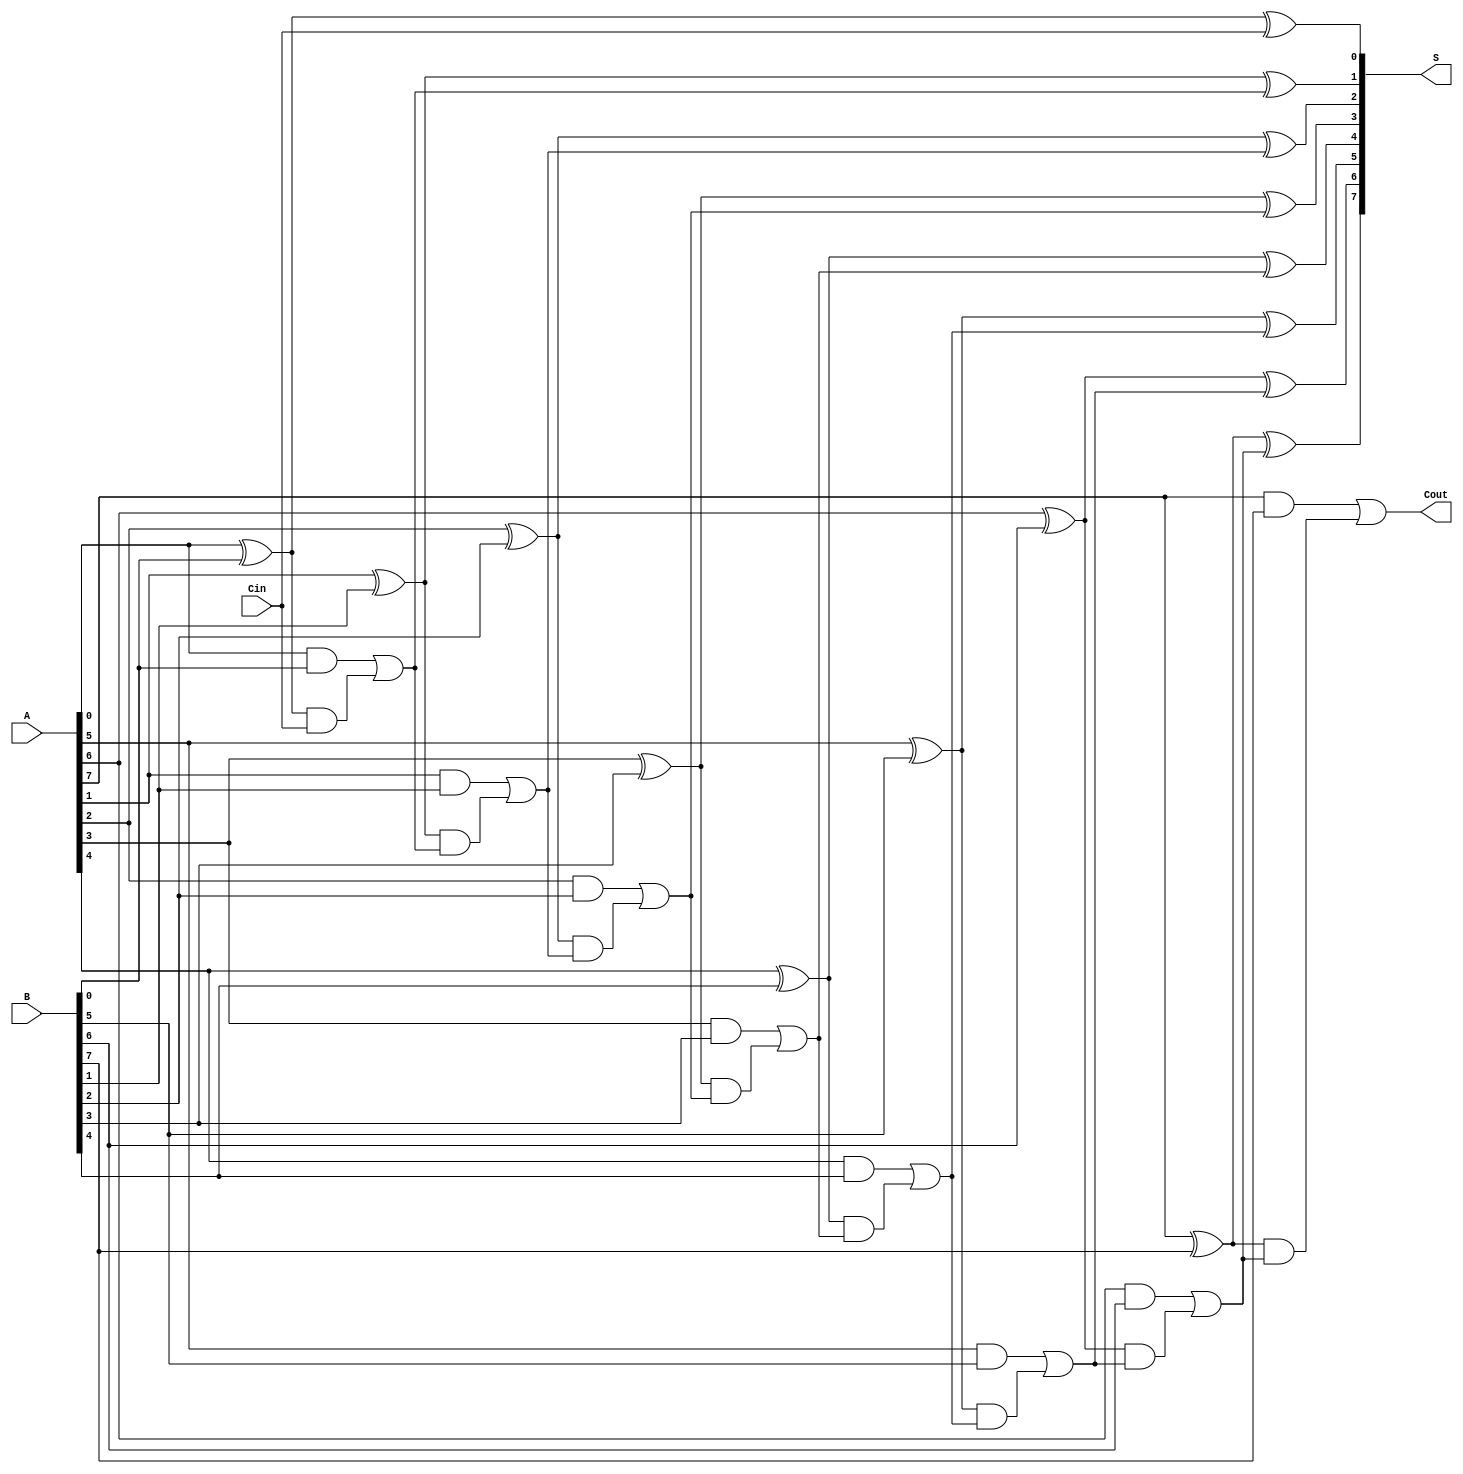
module Han_Carlson_Adder #(parameter N = 8) (
    input  [N-1:0] A,     // First operand
    input  [N-1:0] B,     // Second operand
    input          Cin,    // Carry-in
    output [N-1:0] S,     // Sum output
    output         Cout     // Carry-out
);
    wire [N-1:0] G;      // Generate signals
    wire [N-1:0] P;      // Propagate signals
    wire [N:0] C;        // Carry signals: C[0] = Cin, C[N] = Cout

    // Generate and Propagate calculations
    genvar i;
    generate
        for (i = 0; i < N; i = i + 1) begin: gen_prop
            assign G[i] = A[i] & B[i];         // Generate: G[i] = A[i] AND B[i]
            assign P[i] = A[i] ^ B[i];         // Propagate: P[i] = A[i] XOR B[i]
        end
    endgenerate

    // Carry calculation
    assign C[0] = Cin;  // Initial carry input
    generate
        for (i = 0; i < N; i = i + 1) begin: carry_calculation
            assign C[i + 1] = G[i] | (P[i] & C[i]);  // C[i+1] = G[i] + (P[i] AND C[i])
        end
    endgenerate

    // Sum calculation
    generate
        for (i = 0; i < N; i = i + 1) begin: sum_calculation
            assign S[i] = P[i] ^ C[i];  // S[i] = P[i] XOR C[i]
        end
    endgenerate

    // Final carry-out
    assign Cout = C[N];  // Carry out from the most significant bit

endmodule